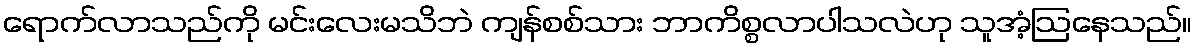
ရောက်လာသည်ကို မင်းလေးမသိဘဲ ကျန်စစ်သား ဘာကိစ္စလာပါသလဲဟု သူအံ့ဩနေသည်။